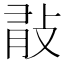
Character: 𢼿